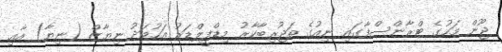
ޖޫން މަހުގެ ޓްރާންސްފާގައި ނިއުގެ ތަޖުރިބާކާރު މިޑްފީލްޑަރު އަހުމަދު ނިޔާޒް (ނިޔާ) އާއި